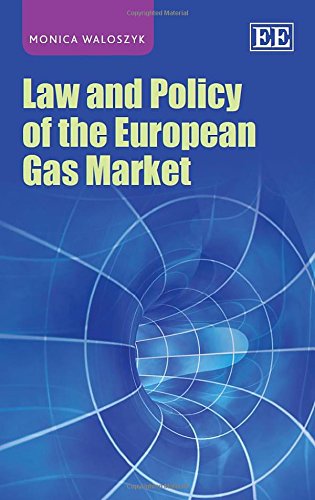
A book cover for Law and Policy of the European Gas Market; Monica Waloszyk; Law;